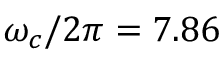
\omega _ { c } / 2 \pi = 7 . 8 6